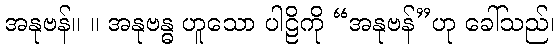
အနုဗန်။ ။ အနုဗန္ဓ ဟူသော ပါဠိကို “အနုဗန်”ဟု ခေါ်သည်၊